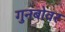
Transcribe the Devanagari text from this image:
गुनबोवर